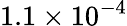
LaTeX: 1.1\times 10^{-4}